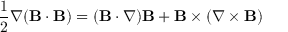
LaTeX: { \frac { 1 } { 2 } } \nabla ( \mathbf { B } \cdot \mathbf { B } ) = ( \mathbf { B } \cdot \nabla ) \mathbf { B } + \mathbf { B } \times ( \nabla \times \mathbf { B } )